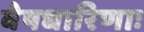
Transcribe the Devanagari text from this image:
वेषधारिणाः